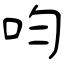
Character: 呁